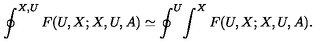
\oint ^ { X , U } F ( U , X ; X , U , A ) \simeq \oint ^ { U } \! \int ^ { X } F ( U , X ; X , U , A ) .